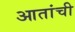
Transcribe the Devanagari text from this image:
आतांची